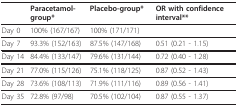
<table><thead><tr><td></td><td><b>Paracetamol-group*</b></td><td><b>Placebo-group*</b></td><td><b>OR with confidence interval**</b></td></tr></thead><tbody><tr><td>Day 0</td><td>100% (167/167)</td><td>100% (171/171)</td><td></td></tr><tr><td>Day 7</td><td>93.3% (152/163)</td><td>87.5% (147/168)</td><td>0.51 (0.21 - 1.15)</td></tr><tr><td>Day 14</td><td>84.4% (133/147)</td><td>79.6% (131/144)</td><td>0.72 (0.40 - 1.28)</td></tr><tr><td>Day 21</td><td>77.0% (115/126)</td><td>75.1% (118/125)</td><td>0.87 (0.52 - 1.43)</td></tr><tr><td>Day 28</td><td>73.6% (108/113)</td><td>71.9% (111/116)</td><td>0.89 (0.56 - 1.41)</td></tr><tr><td>Day 35</td><td>72.8% (97/98)</td><td>70.5% (102/104)</td><td>0.87 (0.55 - 1.37)</td></tr></tbody></table>